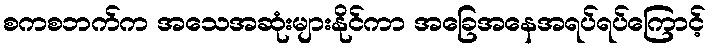
စကစဘက်က အသေအဆုံးများနိုင်ကာ အခြေအနေအရပ်ရပ်ကြောင့်